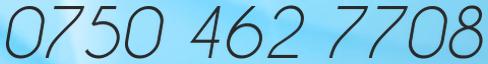
0750 462 7708